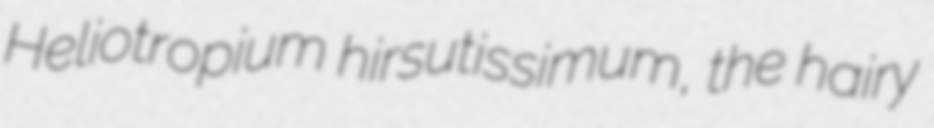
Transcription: Heliotropium hirsutissimum, the hairy